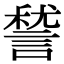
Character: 諬